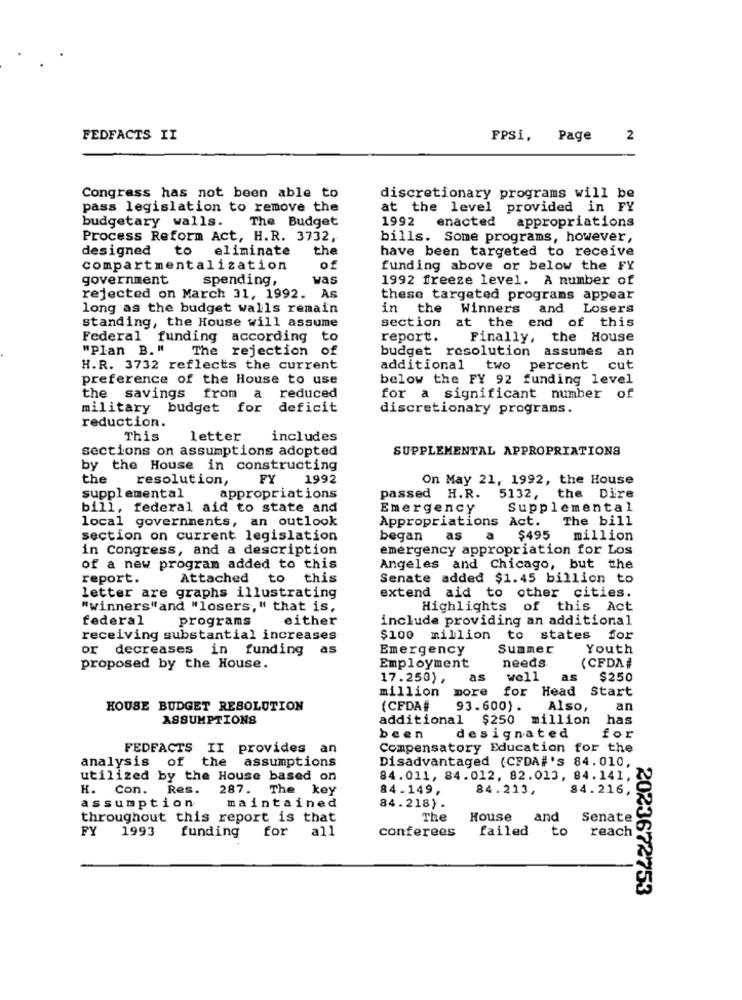
FEDFACTS II
FPSi, Page
2
Congress has not been able to
discretionary programs will be
pass legislation to remove the
at the level provided in FY
budgetary walls.
The Budget
1992
enacted
appropriations
Process Reform Act, H.R. 3732,
bills. Some programs, however,
designed
to eliminate
the
have been targeted to receive
compartmentalization
of
funding above or below the FY
government
spending,
was
1992 freeze level. A number of
rejected on March 31, 1992. As
these targeted programs appear
long as the budget walls remain
in the
Winners
and Losers
standing, the House will assume
section
at the end of this
Federal funding according to
report.
Finally, the House
"Plan B. "
The rejection of
budget resolution assumes an
H.R. 3732 reflects the current
additional two percent cut
preference of the House to use
below the FY 92 funding level
the savings from a.
reduced
for a significant number of
military budget for deficit
discretionary programs.
reduction.
This
letter
includes
sections on assumptions adopted
SUPPLEMENTAL APPROPRIATIONS
by the House in constructing
the
resolution,
FY
1992
On May 21, 1992, the House
supplemental
appropriations
passed H.R.
5132, the Dire
bill, federal aid to state and
Emergency
Supplemental
local governments, an outlook
Appropriations Act.
The bill
section on current legislation
began
as
a
$495
million
in Congress, and a description
emergency appropriation for Los
of a new program added to this
Angeles and Chicago, but the
report.
Attached to
this
Senate added $1.45 billion to
letter are graphs illustrating
extend aid to other cities.
"winners"and "losers," that is,
Highlights of this Act
federal
programs
either
include providing an additional
receiving substantial increases
$100 million to states for
or decreases in funding
as
Emergency
Summer
Youth
needs
(CFDA#
proposed by the House.
Employment
17.250),
as
well
as
$250
million
more
for Head
Start
HOUSE BUDGET RESOLUTION
(CFDA#
93.600) .
Also,
an
ASSUMPTIONS
additional
$250
million
has
been
designated
for
FEDFACTS II provides an
Compensatory Education for the
analysis of the assumptions
Disadvantaged (CFDA#'s 84.010,
utilized by the House based on
84.011, 84.012, 82.013, 84.141,
H. Con. Res.
287. The key
84.149,
84.213 ,
84.216,
assumption
maintained
84.218).
throughout this report is that
The
House
and
Senate
FY
1993
funding
for all
conferees
failed
to
reach
2023672753